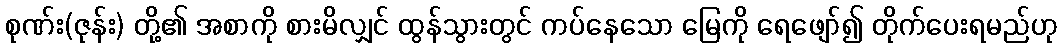
စုဏ်း(ဇုန်း) တို့၏ အစာကို စားမိလျှင် ထွန်သွားတွင် ကပ်နေသော မြေကို ရေဖျော်၍ တိုက်ပေးရမည်ဟု